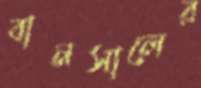
বানসালের